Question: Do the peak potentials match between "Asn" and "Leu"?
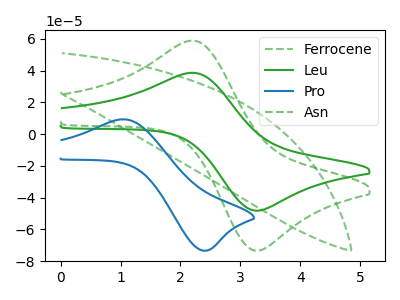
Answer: <think>The green dashed curve "Ferrocene" has no peaks. The green curve "Leu" has an anodic peak at (2.20V, 38.65uA) and a cathodic peak at (3.30V, -48.15uA). The blue curve "Pro" has an anodic peak at (1.10V, 9.25uA) and a cathodic peak at (2.40V, -73.35uA). The green dashed curve "Asn" has an anodic peak at (2.20V, 58.90uA) and a cathodic peak at (3.30V, -73.40uA).</think>
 <answer>Yes, "Asn" have a peak in "Leu" at the same potential.</answer>
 <eval>match</eval>